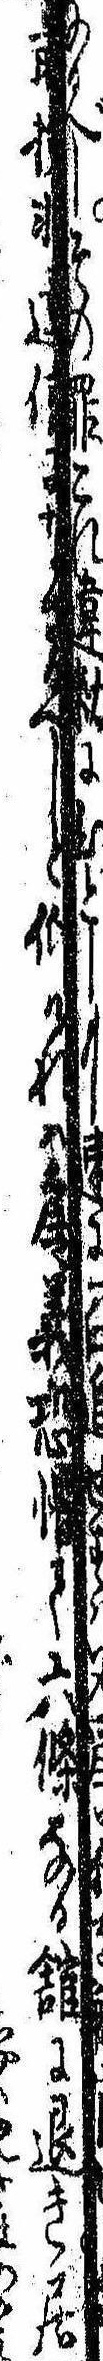
前検非違使になさるべしと仰けれ為義恐懼て六条なる館に退き居